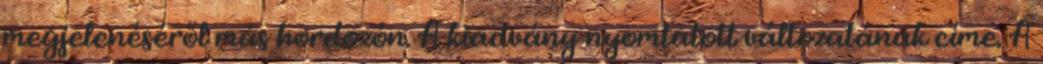
megjelenéséről más hordozón. A kiadvány nyomtatott változatának címe. A